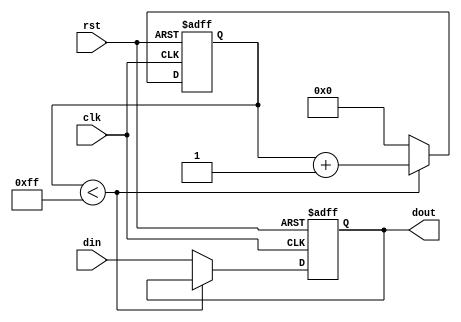
module rc_delay_element (
  input wire clk,
  input wire rst,
  input wire din,
  output reg dout
);

  reg [7:0] delay_counter;
  
  always @(posedge clk or posedge rst) begin
    if (rst) begin
      delay_counter <= 8'b0;
      dout <= 1'b0;
    end else begin
      if (delay_counter < 8'd255) begin
        delay_counter <= delay_counter + 1;
      end else begin
        delay_counter <= 8'b0;
        dout <= din;
      end
    end
  end
  
endmodule